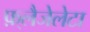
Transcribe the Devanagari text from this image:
फ़्लैजेलेटा